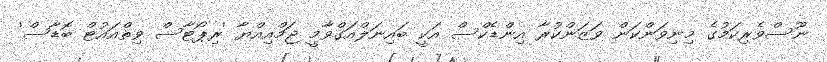
ނޫސްވެރިކަމުގެ މިނިވަންކަން ވަޒަންކުރާ އިންޑެކްސް އަކީ ބައިނަލްއަގްވާމީ ޖަމްއިއްޔާ 'ރިޕޯޓާސް ވިތްއައުޓް ބޮޑާސް'